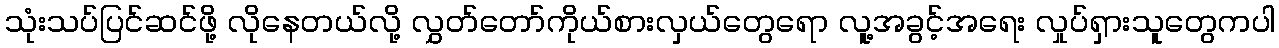
သုံးသပ်ပြင်ဆင်ဖို့ လိုနေတယ်လို့ လွှတ်တော်ကိုယ်စားလှယ်တွေရော လူ့အခွင့်အရေး လှုပ်ရှားသူတွေကပါ